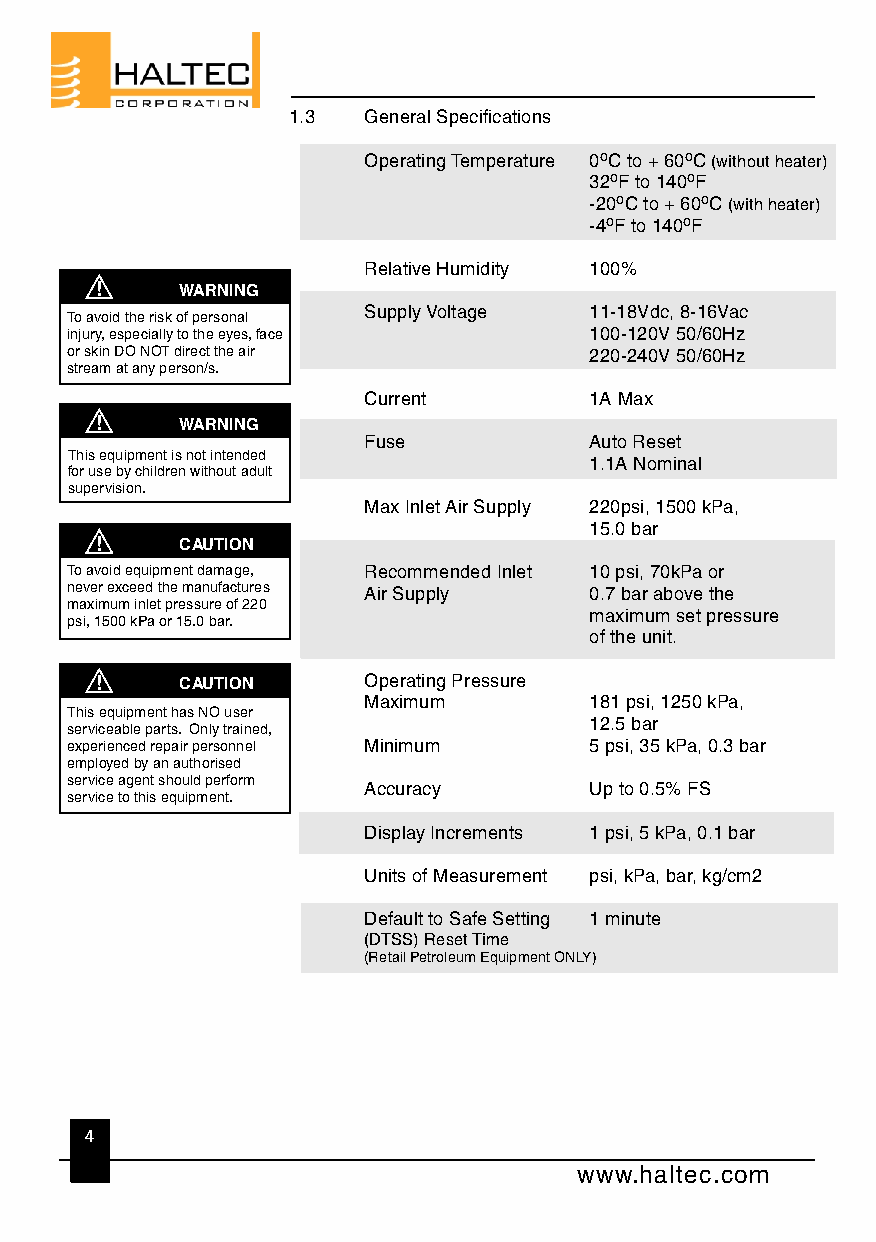
1.3  General Specifications
 Operating Temperature 0oC to + 60oC (without heater)
 32oF to 140oF
 -20oC to + 60oC (with heater)
 -4oF to 140oF
 Relative Humidity 100%
 !     WARNING
 Supply Voltage 11-18Vdc, 8-16Vac
 To avoid the risk of personal
 injury, especially to the eyes, face 100-120V 50/60Hz
 or skin DO NOT direct the air      220-240V 50/60Hz
 stream at any person/s.
 Current        1A Max
 !     WARNING
 Fuse           Auto Reset
 This equipment is not intended
 1.1A Nominal
 for use by children without adult
 supervision.
 Max Inlet Air Supply 220psi, 1500 kPa,
 15.0 bar
 !     CAUTION
 To avoid equipment damage, Recommended Inlet 10 psi, 70kPa or
 never exceed the manufactures Air Supply 0.7 bar above the
 maximum inlet pressure of 220
 maximum set pressure
 psi, 1500 kPa or 15.0 bar.
 of the unit.
 !     CAUTION     Operating Pressure
 Maximum        181 psi, 1250 kPa,
 This equipment has NO user
 12.5 bar
 serviceable parts. Only trained,
 experienced repair personnel Minimum 5 psi, 35 kPa, 0.3 bar
 employed by an authorised
 service agent should perform
 Accuracy       Up to 0.5% FS
 service to this equipment.
 Display Increments 1 psi, 5 kPa, 0.1 bar
 Units of Measurement psi, kPa, bar, kg/cm2
 Default to Safe Setting 1 minute
 (DTSS) Reset Time
 (Retail Petroleum Equipment ONLY)
 4
 www.haltec.com